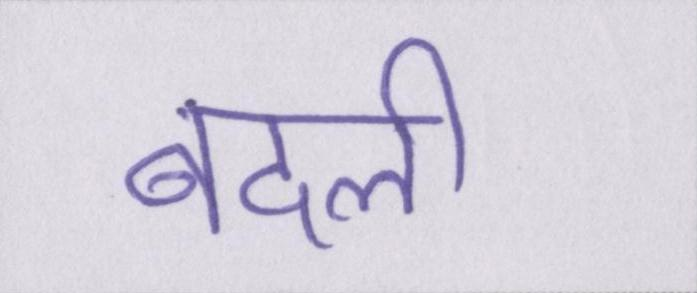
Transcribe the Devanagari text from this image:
बदली